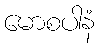
မောစပါနံ